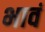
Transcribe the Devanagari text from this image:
भावं